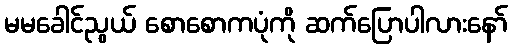
မမခေါင်ညွယ် စောစောကပုံကို ဆက်ပြောပါလားနော်